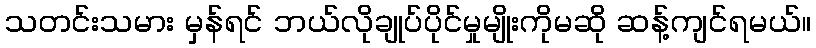
သတင်းသမား မှန်ရင် ဘယ်လိုချုပ်ပိုင်မှုမျိုးကိုမဆို ဆန့်ကျင်ရမယ်။